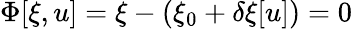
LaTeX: \Phi[\xi,u]=\xi-\left(\xi_{0}+\delta\xi[u]\right)=0\